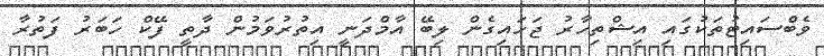
ވެބްސައިޓުތަކުގައި އިޝްތިހާރު ޖަހައިގެން ލިބޭ އާމްދަނީ އިތުރުވަމުން ދާތީ ފޭކް ހަބަރު ފަތުރާ